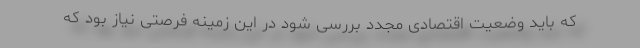
که باید وضعیت اقتصادی مجدد بررسی شود در این زمینه فرصتی نیاز بود که